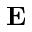
\textbf { E }